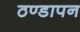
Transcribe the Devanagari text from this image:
ठण्‍डापन